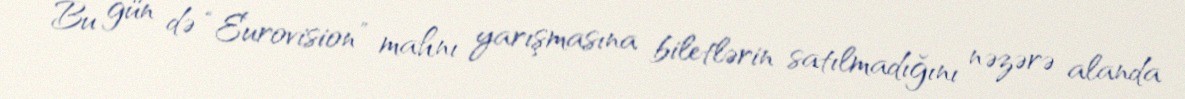
Bu gün də “Eurovision” mahnı yarışmasına biletlərin satılmadığını nəzərə alanda